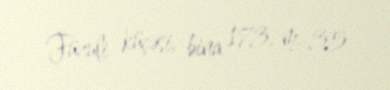
Füzuli küçəsi, bina 173, m. 35